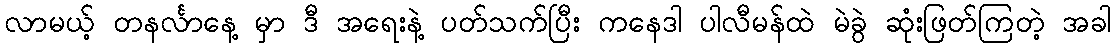
လာမယ့် တနင်္လာနေ့ မှာ ဒီ အရေးနဲ့ ပတ်သက်ပြီး ကနေဒါ ပါလီမန်ထဲ မဲခွဲ ဆုံးဖြတ်ကြတဲ့ အခါ